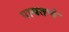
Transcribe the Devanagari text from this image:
पायतणे